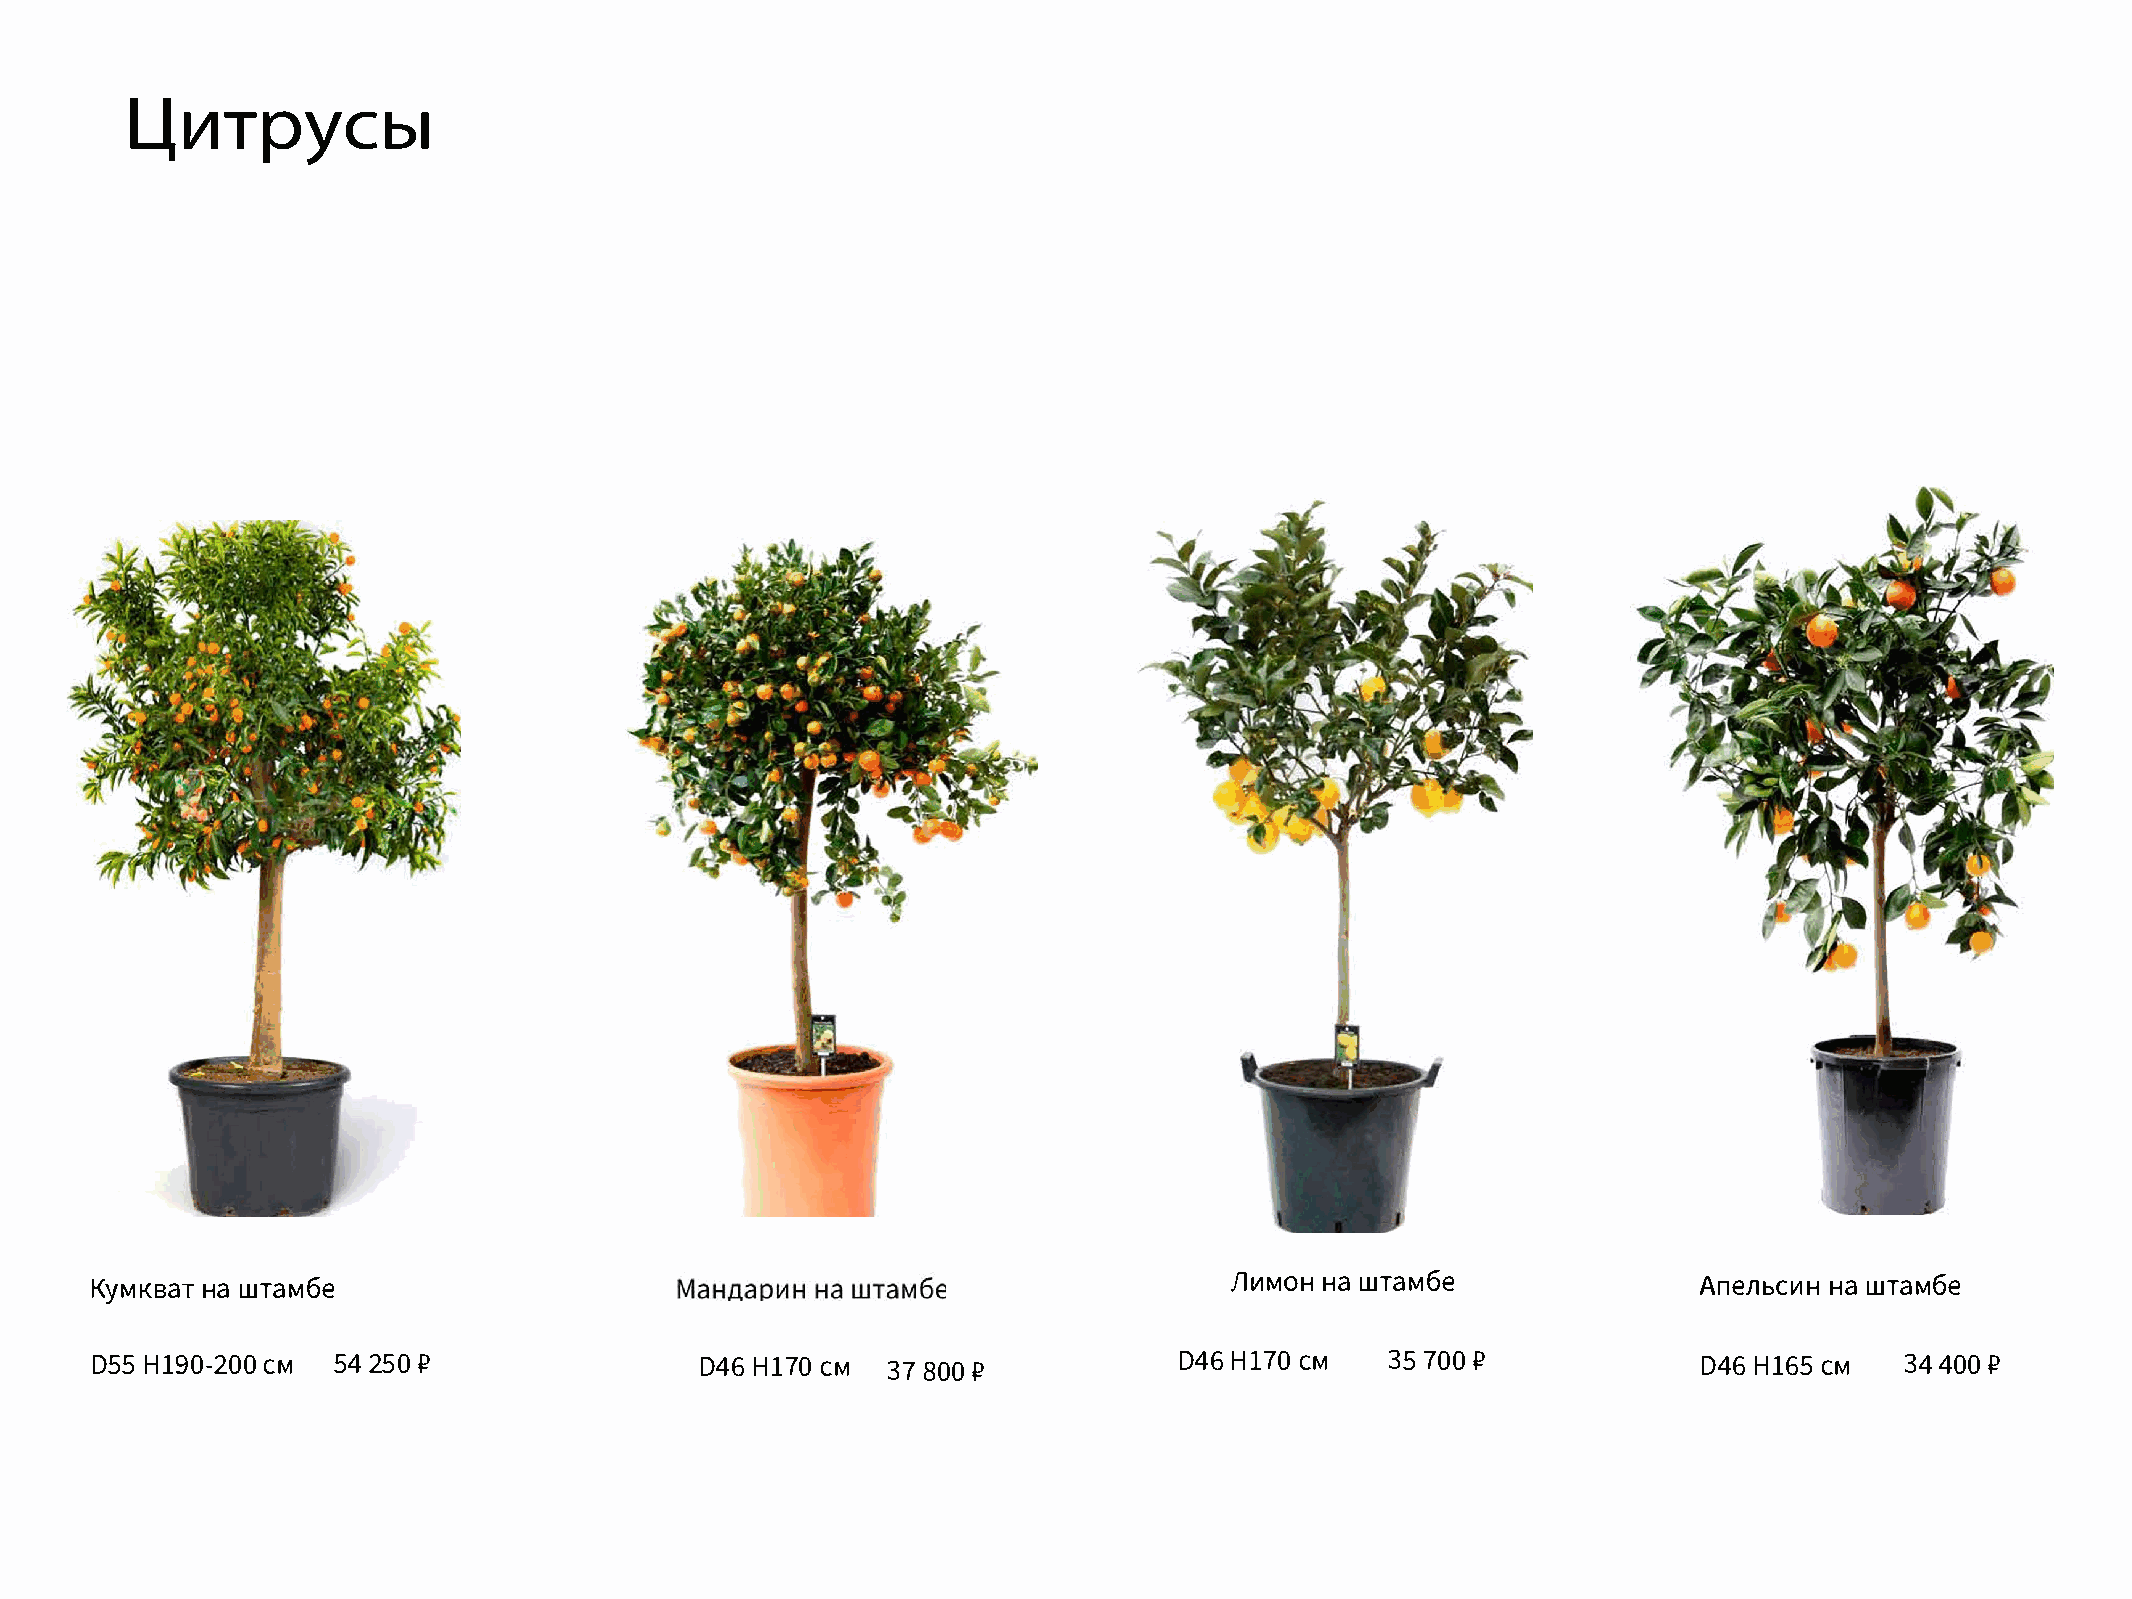
Цитрусы
 KyMKHBawa   rTa M 6e                                                       fl111MoHHaw raM6e              AnenbHcaw111  rHa M6e
 D5H5l  9000-CM 2 542 50P                D4H67l  0 C M 378 0P0           D4H67l 0 C M  357 0P0              D4H6l  6C5M  3440P0